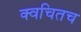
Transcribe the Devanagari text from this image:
क्‍वचितच